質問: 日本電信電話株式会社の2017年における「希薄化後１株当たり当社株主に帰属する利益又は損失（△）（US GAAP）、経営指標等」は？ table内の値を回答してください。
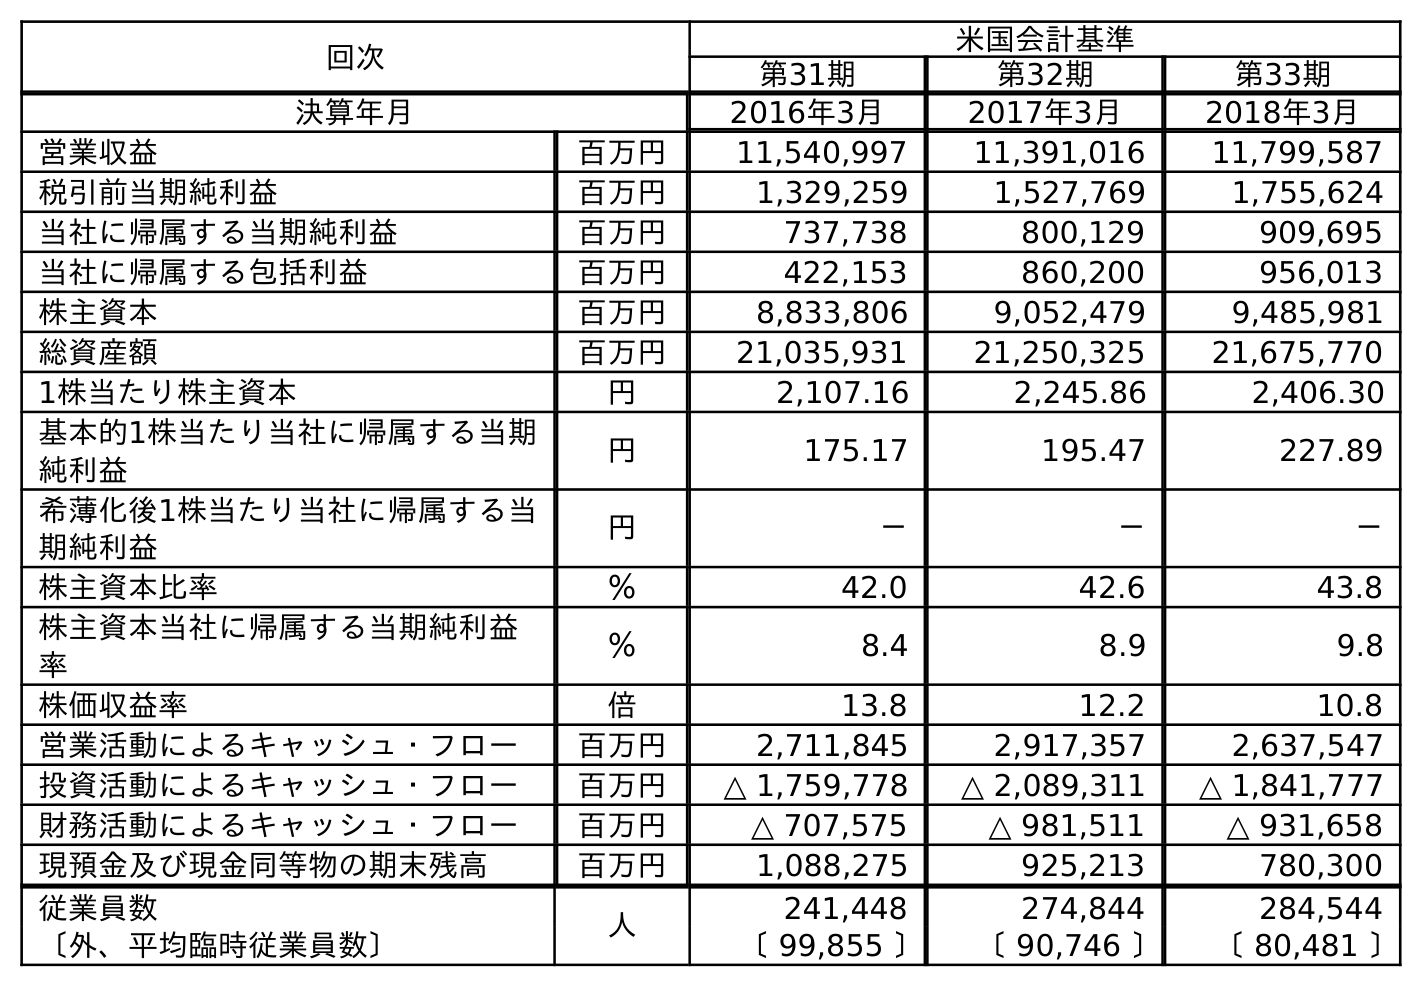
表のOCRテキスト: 回次 米国会計基準 第31期 第32期 第33期 決算年月 2016年3月 2017年3月 2018年3月 営業収益 百万円 11,540,997 11,391,016 11,799,587 税引前当期純利益 百万円 1,329,259 1,527,769 1,755,624 当社に帰属する当期純利益 百万円 737,738 800,129 909,695 当社に帰属する包括利益 百万円 422,153 860,200 956,013 株主資本 百万円 8,833,806 9,052,479 9,485,981 総資産額 百万円 21,035,931 21,250,325 21,675,770 1株当たり株主資本 円 2,107.16 2,245.86 2,406.30 基本的1株当たり当社に帰属する当期 純利益 円 175.17 195.47 227.89 希薄化後1株当たり当社に帰属する当 期純利益 円 － － － 株主資本比率 ％ 42.0 42.6 43.8 株主資本当社に帰属する当期純利益 率 ％ 8.4 8.9 9.8 株価収益率 倍 13.8 12.2 10.8 営業活動によるキャッシュ・フロー 百万円 2,711,845 2,917,357 2,637,547 投資活動によるキャッシュ・フロー 百万円 △ 1,759,778 △ 2,089,311 △ 1,841,777 財務活動によるキャッシュ・フロー 百万円 △ 707,575 △ 981,511 △ 931,658 現預金及び現金同等物の期末残高 百万円 1,088,275 925,213 780,300 従業員数 人 241,448 274,844 284,544 〔外、平均臨時従業員数〕 〔 99,855 〕 〔 90,746 〕 〔 80,481 〕
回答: －